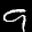
Label: 9